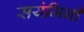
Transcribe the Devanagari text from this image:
सयंमिनी